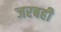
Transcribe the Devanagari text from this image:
जरबही